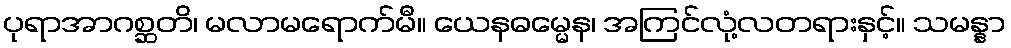
ပုရာအာဂစ္ဆတိ၊ မလာမရောက်မီ။ ယေနဓမ္မေန၊ အကြင်လုံ့လတရားနှင့်။ သမန္နာ